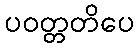
ပဝတ္တတိပေ